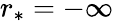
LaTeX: r_{*}=-\infty